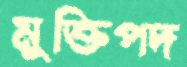
মুক্তিপদ